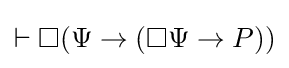
\vdash \Box (\Psi \rightarrow (\Box \Psi \rightarrow P))